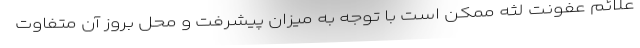
علائم عفونت لثه ممکن است با توجه به میزان پیشرفت و محل بروز آن متفاوت